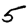
Digit: 5